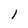
Character: l